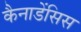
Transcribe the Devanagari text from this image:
कैनाडेंसिस